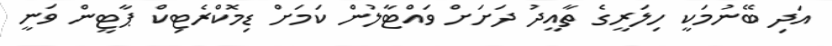
އަދި ބޭނުމަކީ ހިލަރީގެ ތާއީދު ދަށަށް ވައްޓާލުން ކަމަށް ޑިމޮކްރެޓިކް ޕާޓީން ވަނީ